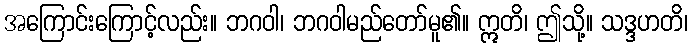
အကြောင်းကြောင့်လည်း။ ဘဂဝါ၊ ဘဂဝါမည်တော်မူ၏။ ဣတိ၊ ဤသို့။ သဒ္ဒဟတိ၊